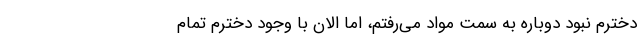
دخترم نبود دوباره به سمت مواد می‌رفتم، اما الان با وجود دخترم تمام